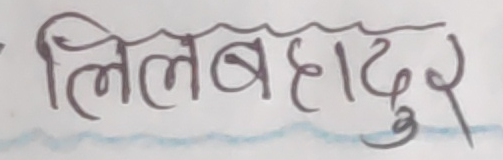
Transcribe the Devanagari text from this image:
लिलबहादुर